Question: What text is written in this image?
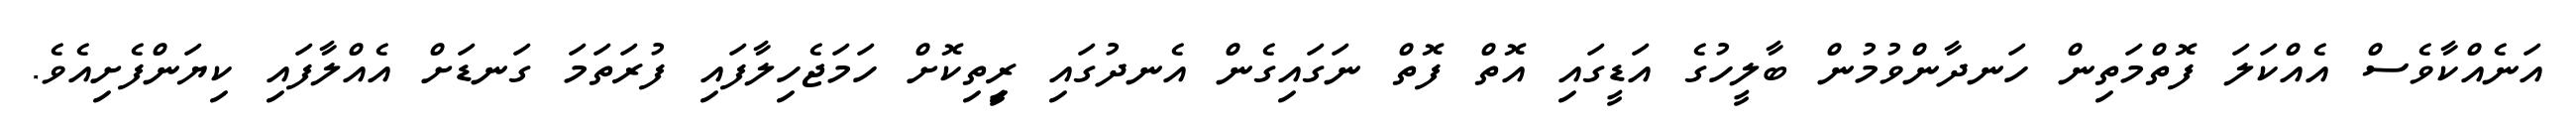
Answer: އަނެއްކާވެސް އެއްކަލަ ފޮތްމަތިން ހަނދާންވުމުން ބާލީހުގެ އަޑީގައި އޮތް ފޮތް ނަގައިގެން އެނދުގައި ރީިތިކޮށް ހަމަޖެހިލާފައި ފުރަތަމަ ގަނޑަށް އެއްލާފައި ކިޔަންފެށިއެވެ.